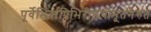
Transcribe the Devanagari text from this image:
पूर्वेभिर्ऋषिभिरीडयोनूतनैरुत